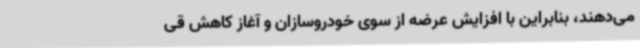
می‌دهند، بنابراین با افزایش عرضه از سوی خودروسازان و آغاز کاهش قی